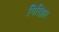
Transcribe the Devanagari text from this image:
गिरिद्वार